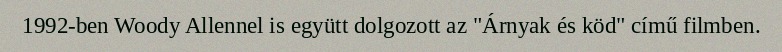
1992-ben Woody Allennel is együtt dolgozott az "Árnyak és köd" című filmben.